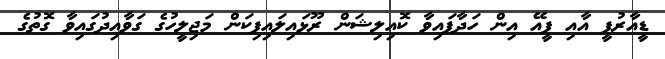
ޑީއާރުޕީ އާއި ޕީއޭ އިން ހަދާފައިވާ ކޮއިލިޝަން ރޫޅައިލައިފިކަން މަޖިލީހުގެ ގަވާއިދުގައިވާ ގޮތުގެ